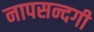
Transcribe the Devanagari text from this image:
नापसन्दगी